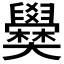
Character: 𡚣